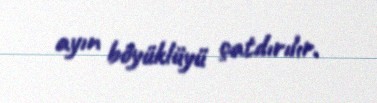
ayın böyüklüyü çatdırılır.